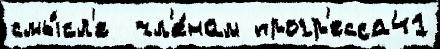
смы́сл'е  чл'е́нам прогр'есса41